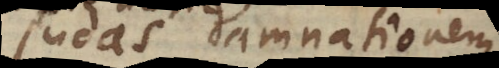
Judas damnationem